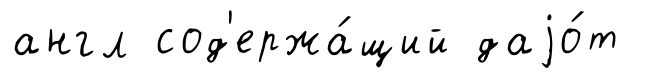
англ сод'ержа́щий даjо́т